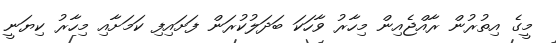
މީގެ އިތުރުން ރާއްޖެއިން މިހާރު ވާހަކަ ބަދަލުކުރަން ފަށައިފި ކަމަށާއި މިހާރު ކިޔަނީ